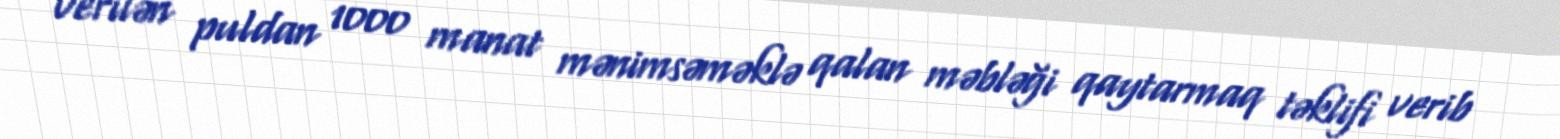
verilən puldan 1000 manat mənimsəməklə qalan məbləği qaytarmaq təklifi verib